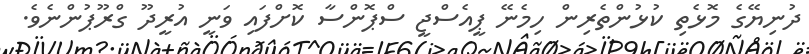
ދުނިޔޭގެ މޮޅެތި ކުޅުންތެރިން ހިމެނޭ ޕީއެސްޖީ ސްޕޮންސާ ކޮށްފައި ވަނީ އުރީދޫ ގްރޫޕުންނެވެ.